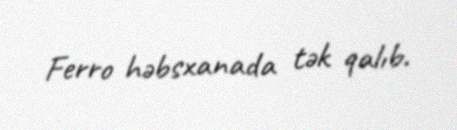
Ferro həbsxanada tək qalıb.